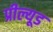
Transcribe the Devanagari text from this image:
प्रील्यूड